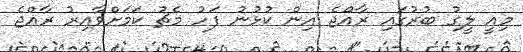
މިއީ ލީގު ބުރުގައި ރާއްޖެ އިން ކުޅުނު ފަހު މެޗު ކަމަށްވާއިރު ރާއްޖެ